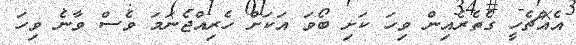
އެއްޗެހީ ގެތެރެއިން ވިހަ ކަށި ބޯވަ އަކަށް ހެރިއްޖެނަމަ ވެސް ވާނެ ވިހަ